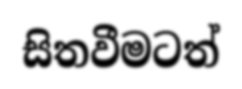
සිතවීමටත්